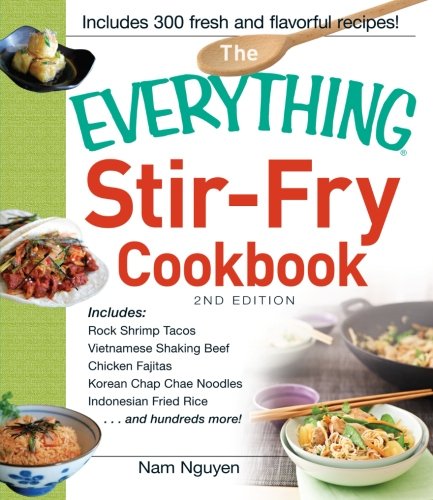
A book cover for The Everything Stir-Fry Cookbook (Everything Series); Nam Nguyen; Cookbooks, Food & Wine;